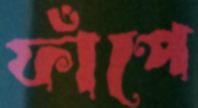
ফাঁপে